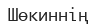
Шөкиннің